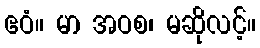
ဧဝံ။ မာ အဝစ၊ မဆိုလင့်။